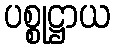
ပစ္စုဋ္ဌာယ